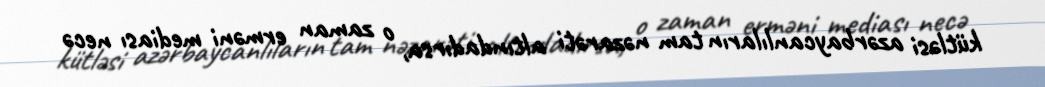
kütləsi azərbaycanlıların tam nəzarəti altındadırsa, o zaman erməni mediası necə